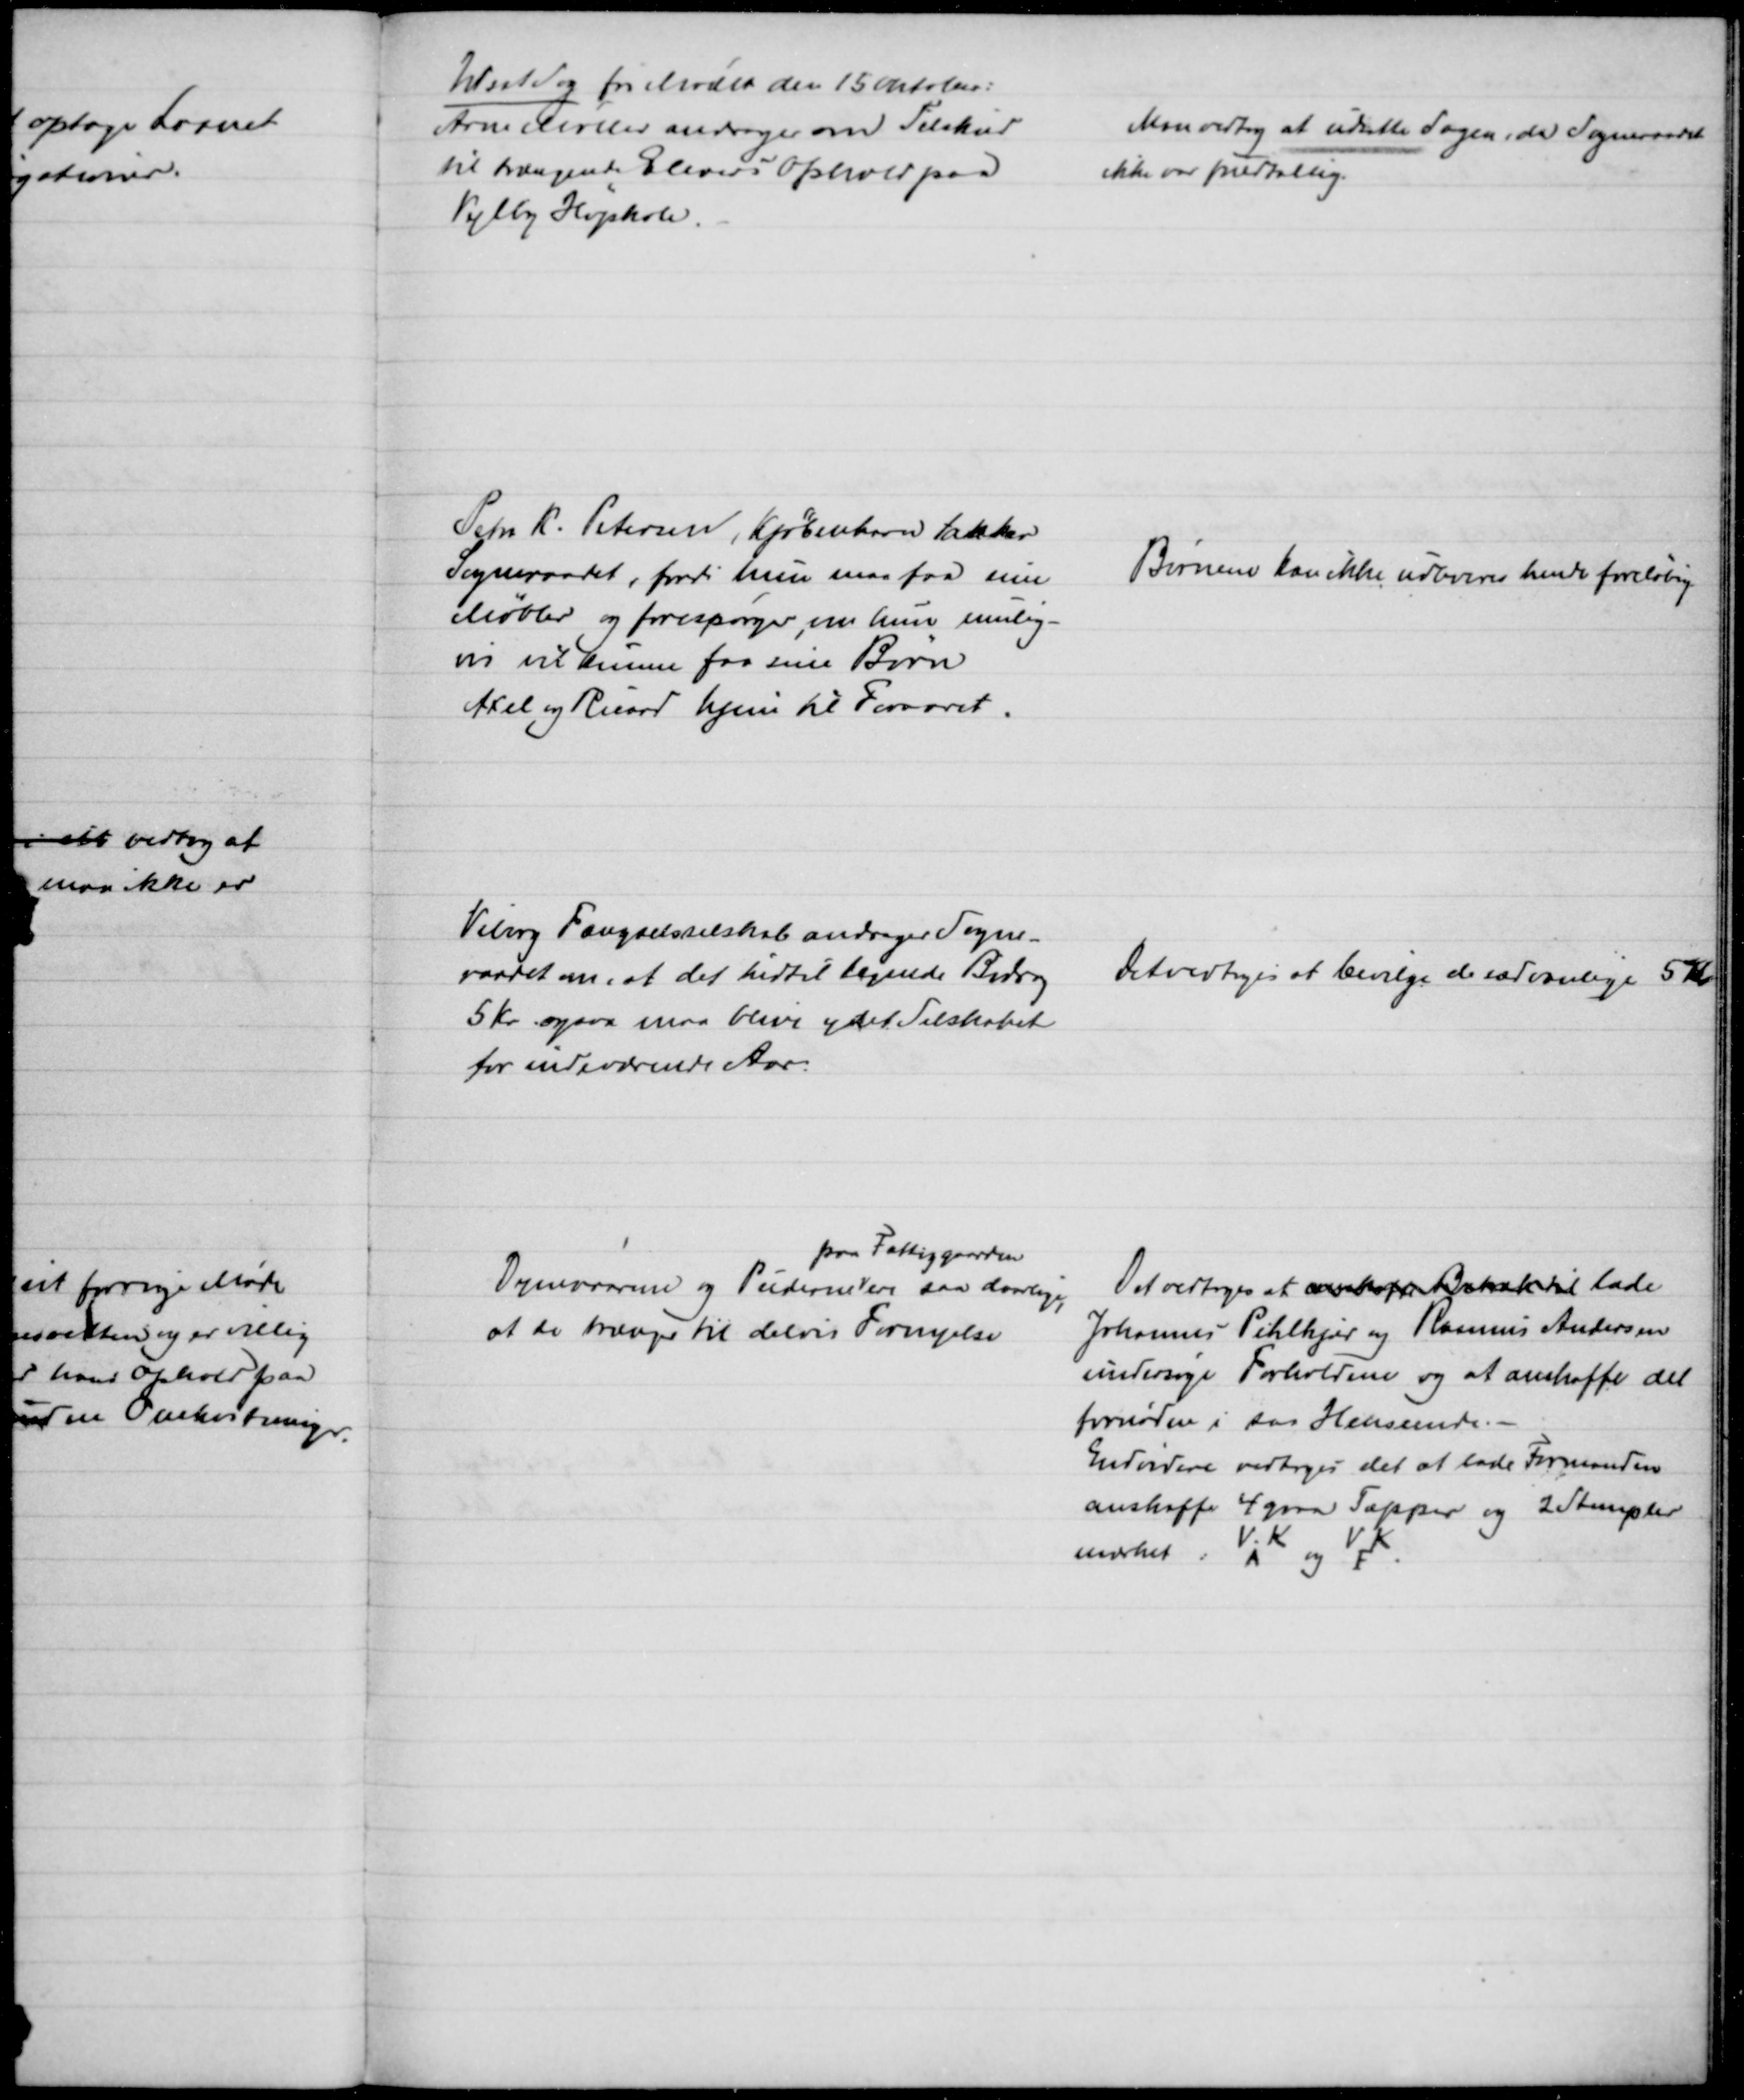
Transskription:
Udsat Sag fra Mødet den 15 Oktober:
Arne Møller andrager om Tilskud
til trængende Elevers Ophold paa
Vejlby Højskole.
Man vedtog at udsætte Sagen, da Sogneraadet
ikke var fuldtallig.
Petra K. Petersen, Kjøbenhavn takker
Sogneraadet, fordi hun maa faa sine
Møbler og forespørger, om hun mulig-
vis vil kunne faa sine Børn
Axel og Ricard hjem til Foraaret.
Børnene kan ikke udleveres hende foreløbig
Viborg Fængselsselskab andrager Sogne-
raadet om, at det hidtil tegnede Bidrag
5 Kr. ogsaa maa blive ydet Selskabet
for indeværende Aar.
Det vedtoges at bevilge de sædvanlige 5 Kr.
Dynevaarene og Puderne
paa Fattiggaarden
ere saa daarlige
,
at de trænge til delvis Fornyelse
Det vedtoges at anskaffe Betræk til lade
Johannes Pihlkjær og Rasmus Andersen
undersøge Forholdene og at anskaffe det
fornødne i saa Henseende.
Endvidere vedtoges det at lade Formanden
anskaffe 4 graa Tæpper og 2 Stempler
mærket : V.AK og VFK.